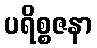
ပရိစ္စဇနာ